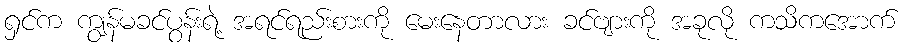
ရှင်က ကျွန်မခင်ပွန်းရဲ့ အရင်ရည်းစားကို မေးနေတာလား ခင်ဗျားကို အခုလို ကသိကအောက်